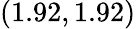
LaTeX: (1.92,1.92)